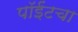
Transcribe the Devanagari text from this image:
पॉईंटचा